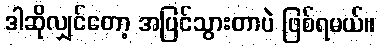
ဒါဆိုလျှင်တော့ အပြင်သွားတာပဲ ဖြစ်ရမယ်။